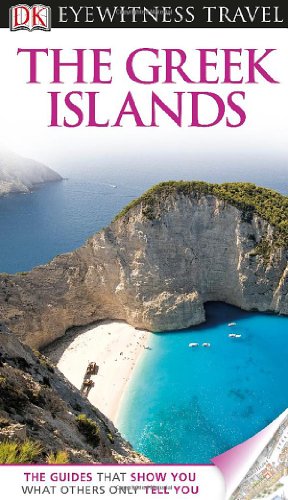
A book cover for DK Eyewitness Travel Guide: Greek Islands; Marc Dubin; Travel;